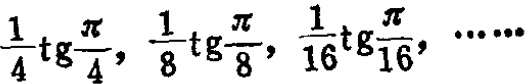
$\frac{1}{4}\mathrm{tg}\frac{\pi}{4},\frac{1}{8}\mathrm{tg}\frac{\pi}{8},\frac{1}{16}\mathrm{tg}\frac{\pi}{16},\cdots\cdots$